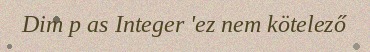
Dim p as Integer 'ez nem kötelező